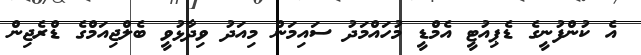
އެ ކުންފުނީގެ ޑެޕިއުޓީ އެމްޑީ މުހައްމަދު ސައިމަން މިއަދު ވިދާޅުވީ ބެލްޖިއަމްގެ ޑްރެޖިން